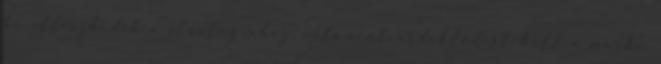
ha illeszkedik a stratégiához, valamint érdeklődést kelt a márka